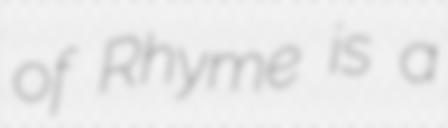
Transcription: of Rhyme is a